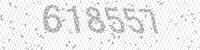
Solution: 618557